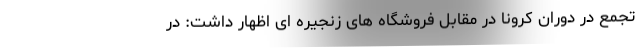
تجمع در دوران کرونا در مقابل فروشگاه های زنجیره ای اظهار داشت: در